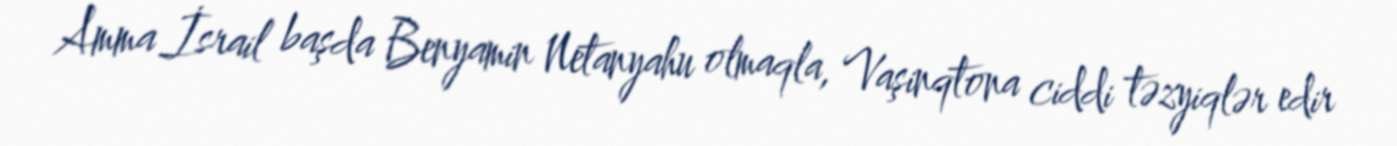
Amma İsrail başda Benyamin Netanyahu olmaqla, Vaşinqtona ciddi təzyiqlər edir